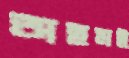
অহমই